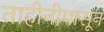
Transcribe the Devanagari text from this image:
ताहीनीपासून